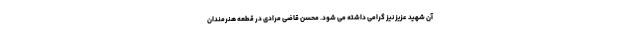
آن شهید عزیز نیز گرامی داشته می شود. محسن قاضی مرادی در قطعه هنرمندان